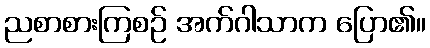
ညစာစားကြစဉ် အက်ဂါသာက ပြော၏။